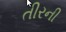
તીરની